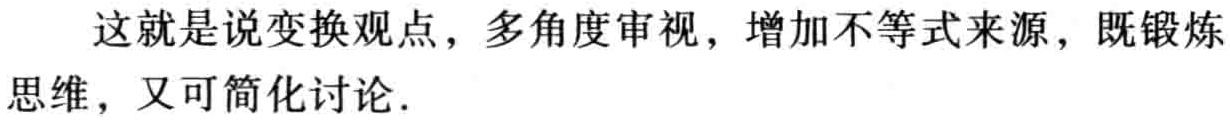
这就是说变换观点，多角度审视，增加不等式来源，既锻炼思维，又可简化讨论.